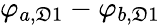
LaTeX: \varphi_{a,\mathfrak{D}1}-\varphi_{b,\mathfrak{D}1}